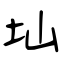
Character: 圸